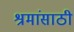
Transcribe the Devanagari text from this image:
श्रमांसाठी